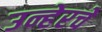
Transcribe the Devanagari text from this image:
उन्हेरचे